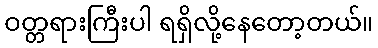
ဝတ္တရားကြီးပါ ရရှိလို့နေတော့တယ်။